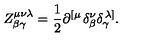
Z _ { \beta \gamma } ^ { \mu \nu \lambda } = \frac 1 2 \partial ^ { \left[ \mu \right. } \delta _ { \beta } ^ { \nu } \delta _ { \gamma } ^ { \left. \lambda \right] } .